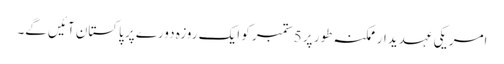
امریکی عہدیدار ممکنہ طور پر 5 ستمبر کو ایک روزہ دورے پر پاکستان آئیں گے۔